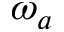
\omega _ { a }